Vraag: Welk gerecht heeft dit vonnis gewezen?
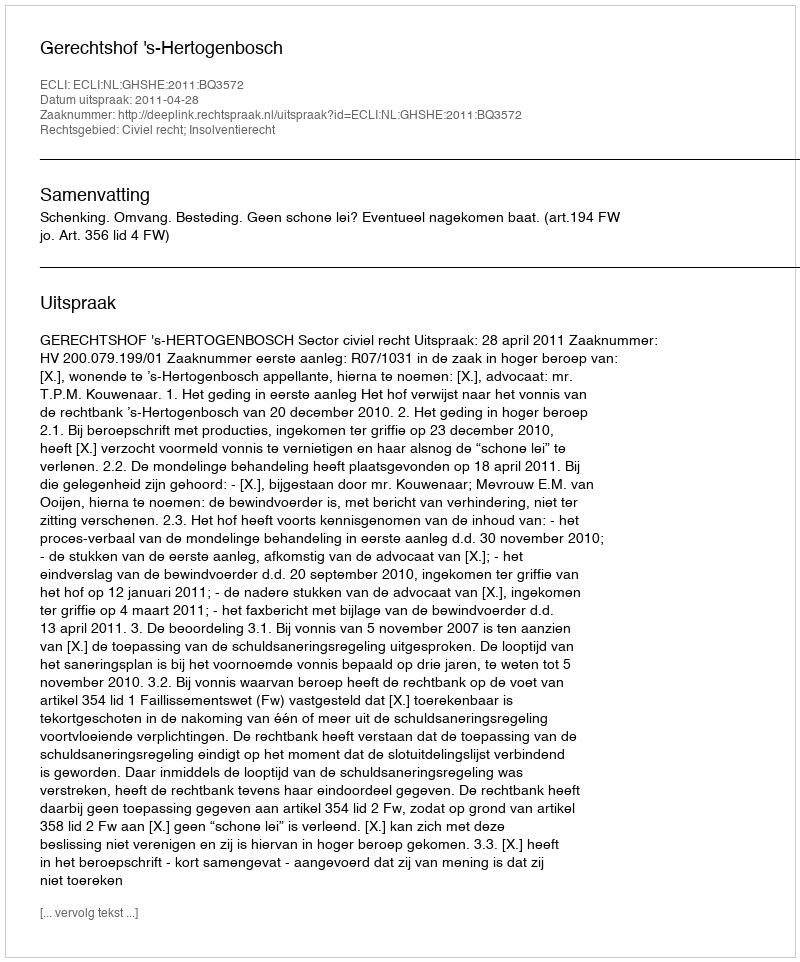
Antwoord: Gerechtshof 's-Hertogenbosch